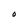
Character: O